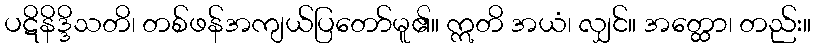
ပဋိနိဒ္ဒိသတိ၊ တစ်ဖန်အကျယ်ပြတော်မူ၏။ ဣတိ အယံ၊ လျှင်။ အတ္ထော၊ တည်း။